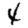
Digit: 4